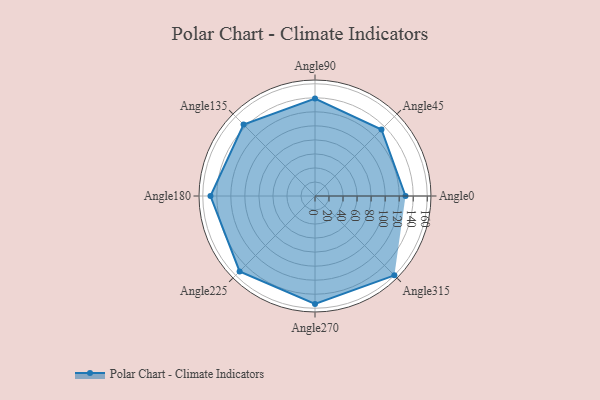
{"axis": {"x": "Angle", "y": "Radius"}, "legend": [""], "data": [{"x": "Angle0", "y": 129.0, "type": ""}, {"x": "Angle45", "y": 134.0, "type": ""}, {"x": "Angle90", "y": 139.0, "type": ""}, {"x": "Angle135", "y": 144.0, "type": ""}, {"x": "Angle180", "y": 149.0, "type": ""}, {"x": "Angle225", "y": 152.0, "type": ""}, {"x": "Angle270", "y": 154.0, "type": ""}, {"x": "Angle315", "y": 160.0, "type": ""}]}